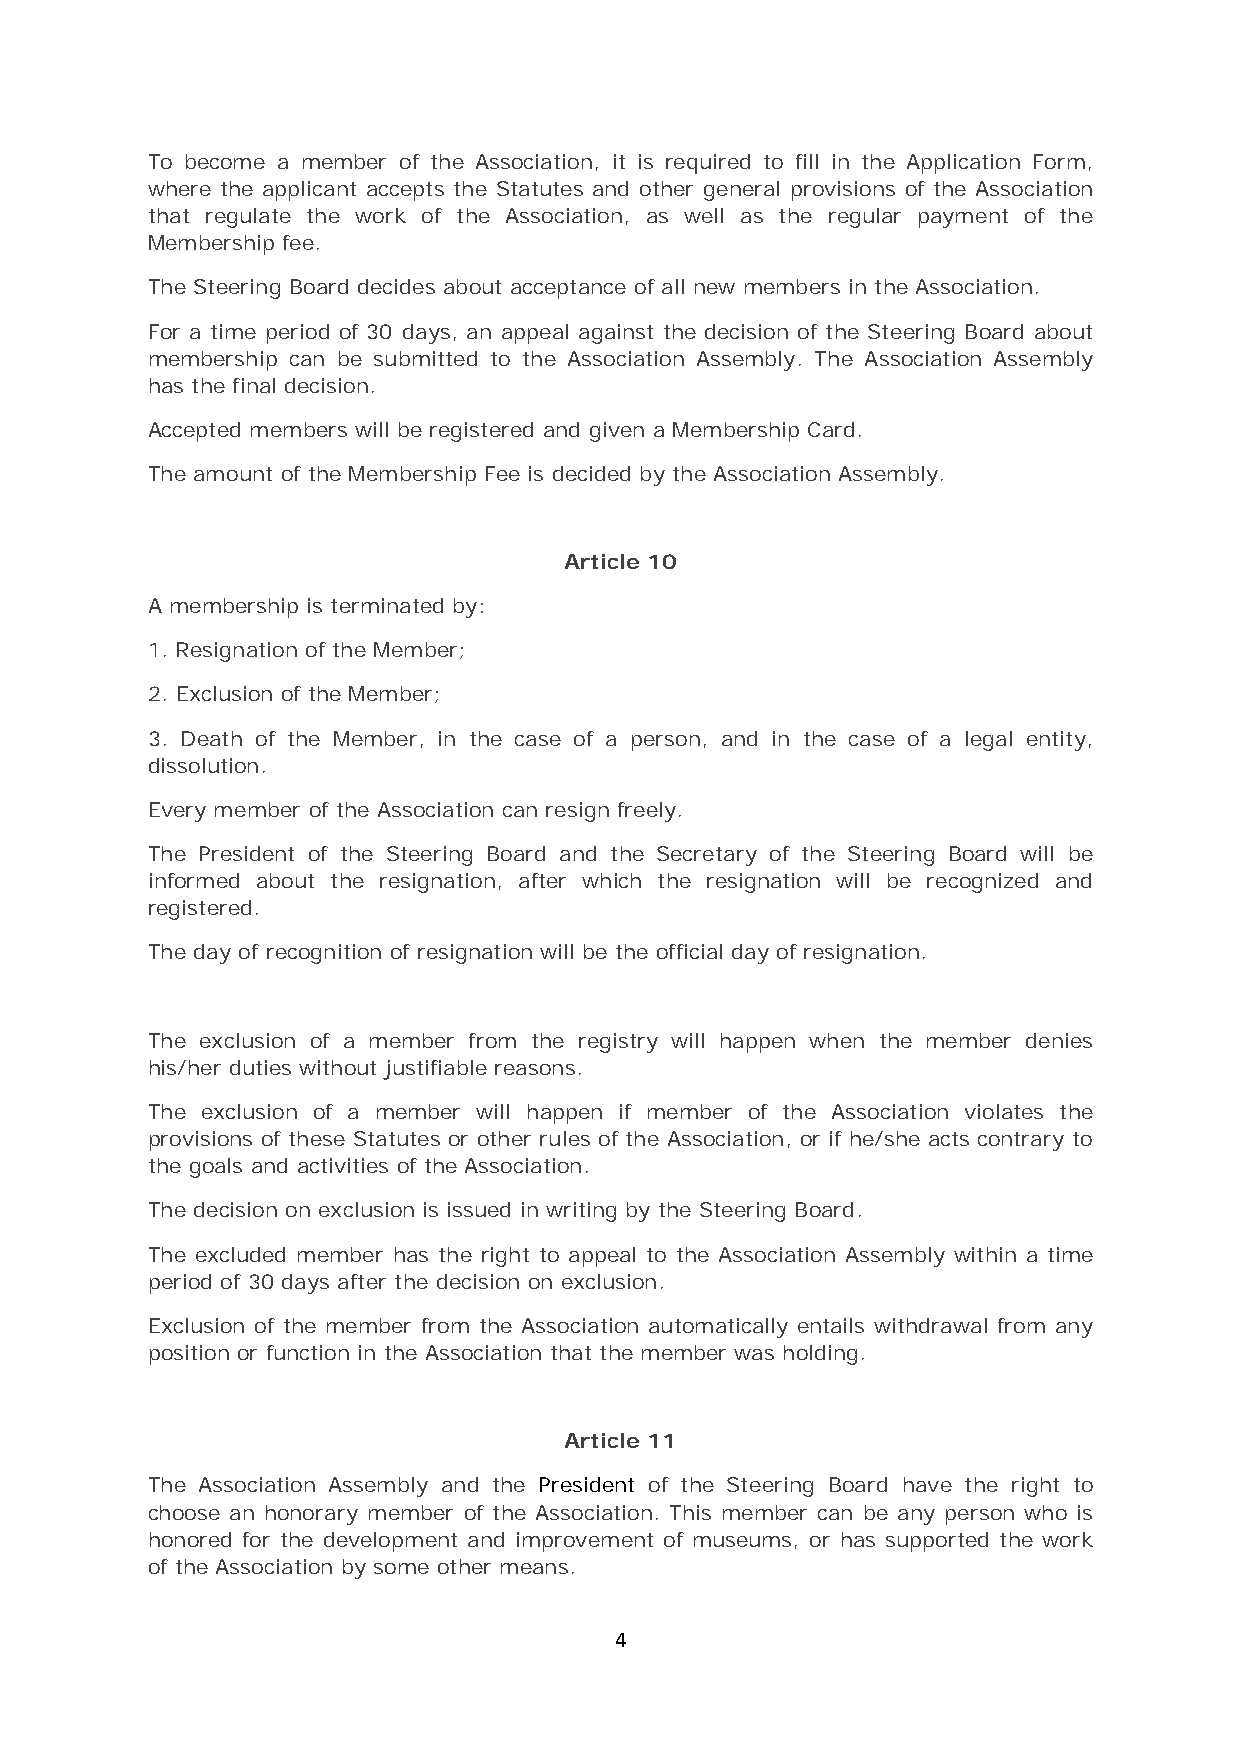
To become a member of the Association, it is required to fill in the Application Form,
 where the applicant accepts the Statutes and other general provisions of the Association
 that regulate the work of the Association, as well as the regular payment of the
 Membership fee.
 The Steering Board decides about acceptance of all new members in the Association.
 For a time period of 30 days, an appeal against the decision of the Steering Board about
 membership can be submitted to the Association Assembly. The Association Assembly
 has the final decision.
 Accepted members will be registered and given a Membership Card.
 The amount of the Membership Fee is decided by the Association Assembly.
 Article 10
 A membership is terminated by:
 1. Resignation of the Member;
 2. Exclusion of the Member;
 3. Death of the Member, in the case of a person, and in the case of a legal entity,
 dissolution.
 Every member of the Association can resign freely.
 The President of the Steering Board and the Secretary of the Steering Board will be
 informed about the resignation, after which the resignation will be recognized and
 registered.
 The day of recognition of resignation will be the official day of resignation.
 The exclusion of a member from the registry will happen when the member denies
 his/her duties without justifiable reasons.
 The exclusion of a member will happen if member of the Association violates the
 provisions of these Statutes or other rules of the Association, or if he/she acts contrary to
 the goals and activities of the Association.
 The decision on exclusion is issued in writing by the Steering Board.
 The excluded member has the right to appeal to the Association Assembly within a time
 period of 30 days after the decision on exclusion.
 Exclusion of the member from the Association automatically entails withdrawal from any
 position or function in the Association that the member was holding.
 Article 11
 The Association Assembly and the President of the Steering Board have the right to
 choose an honorary member of the Association. This member can be any person who is
 honored for the development and improvement of museums, or has supported the work
 of the Association by some other means.
 4